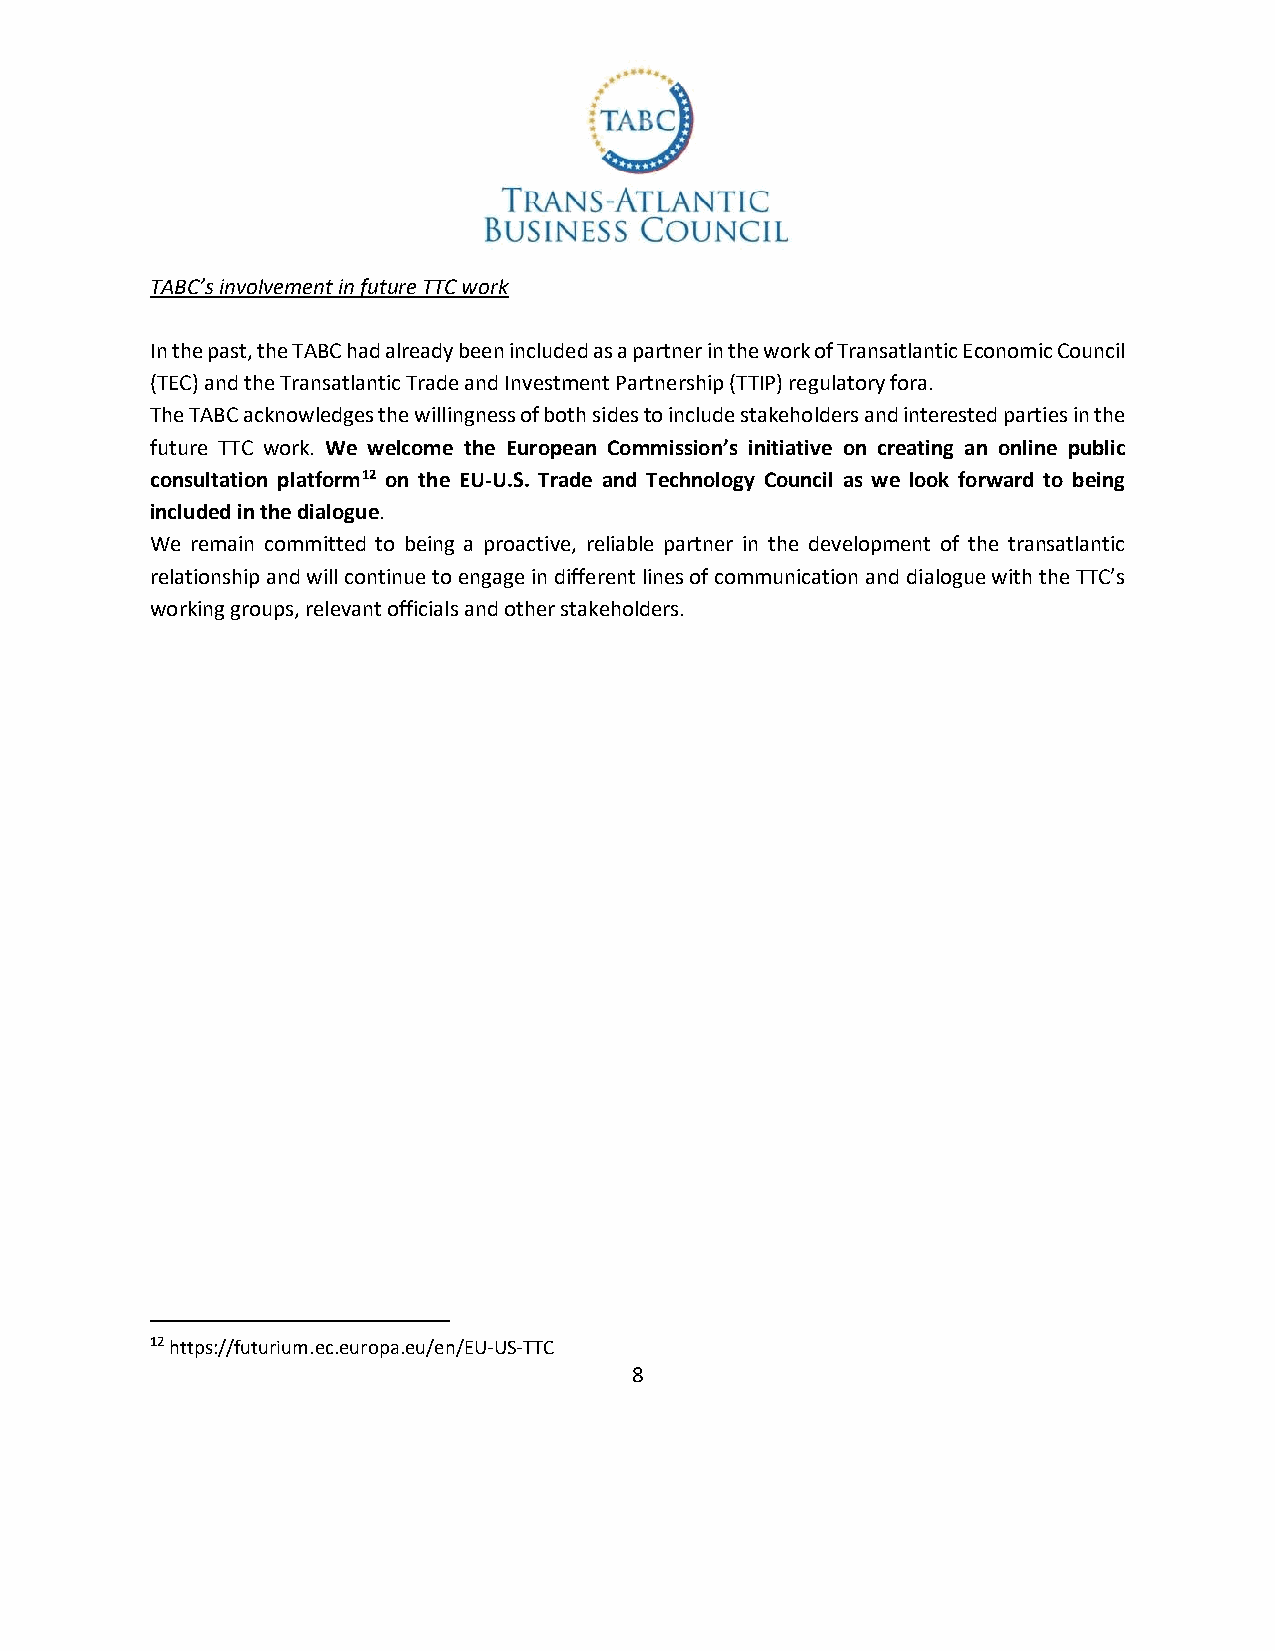
TABC’s involvement in future TTC work
 In the past, the TABC had already been included as a partner in the work of Transatlantic Economic Council
 (TEC) and the Transatlantic Trade and Investment Partnership (TTIP) regulatory fora.
 The TABC acknowledges the willingness of both sides to include stakeholders and interested parties in the
 future TTC work. We welcome the European Commission’s initiative on creating an online public
 consultation platform12 on the EU-U.S. Trade and Technology Council as we look forward to being
 included in the dialogue.
 We remain committed to being a proactive, reliable partner in the development of the transatlantic
 relationship and will continue to engage in different lines of communication and dialogue with the TTC’s
 working groups, relevant officials and other stakeholders.
 12 https://futurium.ec.europa.eu/en/EU-US-TTC
 8